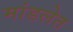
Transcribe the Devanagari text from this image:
मांडलेत